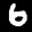
Label: 6